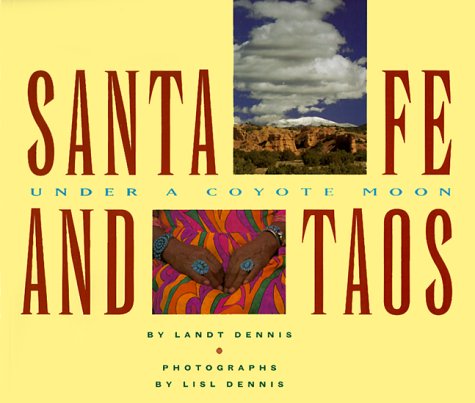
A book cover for Santa Fe and Taos: Under a Coyote Moon; Landt Dennis; Travel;